Report on the working of the Ranchi Indian Mental Hospital, Kanke, in Bihar and Orissa - 1930-1940
Year: 1930
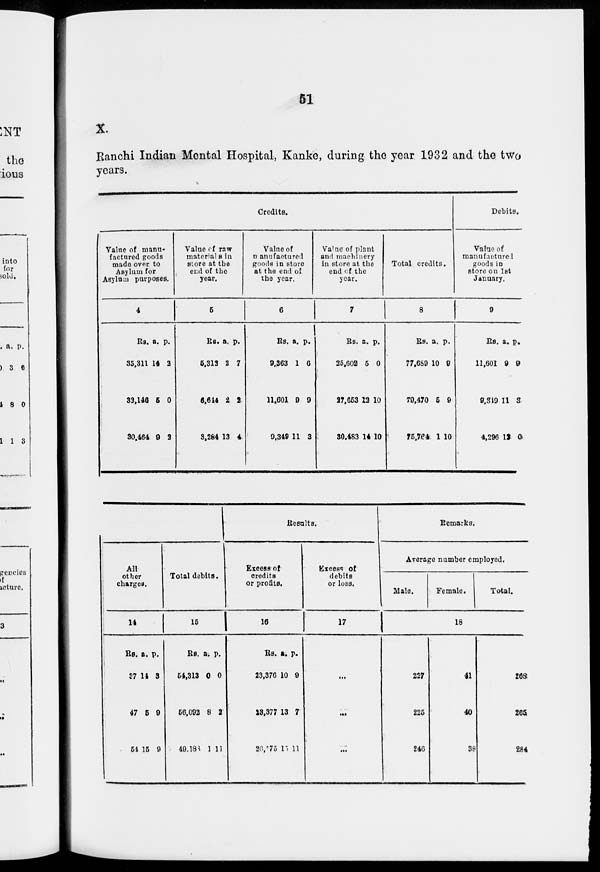
51
X.
Ranchi Indian Mental Hospital, Kanke, during the year 1932 and the two
years.
Credits.
Value of manu-
factured goods
made over to
Asylum for
Asylum purposes.
4
Rs.
35,311
33,146
30,464
a.
14
5
9
p.
2
0
2
Value of raw
materials in
store at the
end of the
year.
5
Rs.
5,312
6,644
3,284
a.
2
2
13
p.
7
2
4
Value of
manufactured
goods in store
at the end of
the year.
6
Rs.
9,363
11,601
9,349
a.
1
9
11
p.
6
9
3
Value of plant
and machinery
in store at the
end of the
year.
7
Rs.
25,602
27,653
30,483
a.
5
12
14
p.
0
10
10
Total credits.
8
Rs.
77,689
79,470
75,764
a.
10
5
1
p.
9
9
10
Debits.
Value of
manufactured
goods in
store on 1st
January.
9
Rs.
11,601
9,319
4,296
a.
9
11
12
p.
9
3
0
All
other
charges.
14
Rs.
37
47
54
a.
14
5
15
p.
3
9
9
Total debits.
15
Rs.
54,313
56,092
49,188
a.
0
8
1
p.
0
2
11
Results.
Excess of
credits
or profits.
16
Rs.
23,376
23,377
26,575
a.
10
13
15
p.
9
7
11
Excess of
debits
or loss.
17
...
...
...
Remarks.
Average number employed.
Male.
Female.
Total.
18
227
225
246
41
40
38
268
265
284